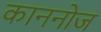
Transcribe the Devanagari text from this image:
काननोज